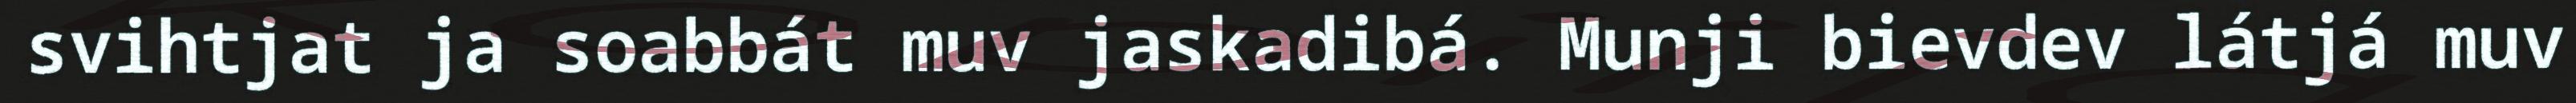
svihtjat ja soabbát muv jaskadibá. Munji bievdev látjá muv